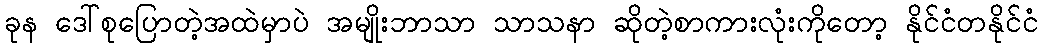
ခုန ဒေါ်စုပြောတဲ့အထဲမှာပဲ အမျိုးဘာသာ သာသနာ ဆိုတဲ့စာကားလုံးကိုတော့ နိုင်ငံတနိုင်ငံ